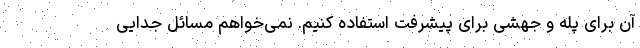
آن برای پله و جهشی برای پیشرفت استفاده کنیم. نمی‌خواهم مسائل جدایی